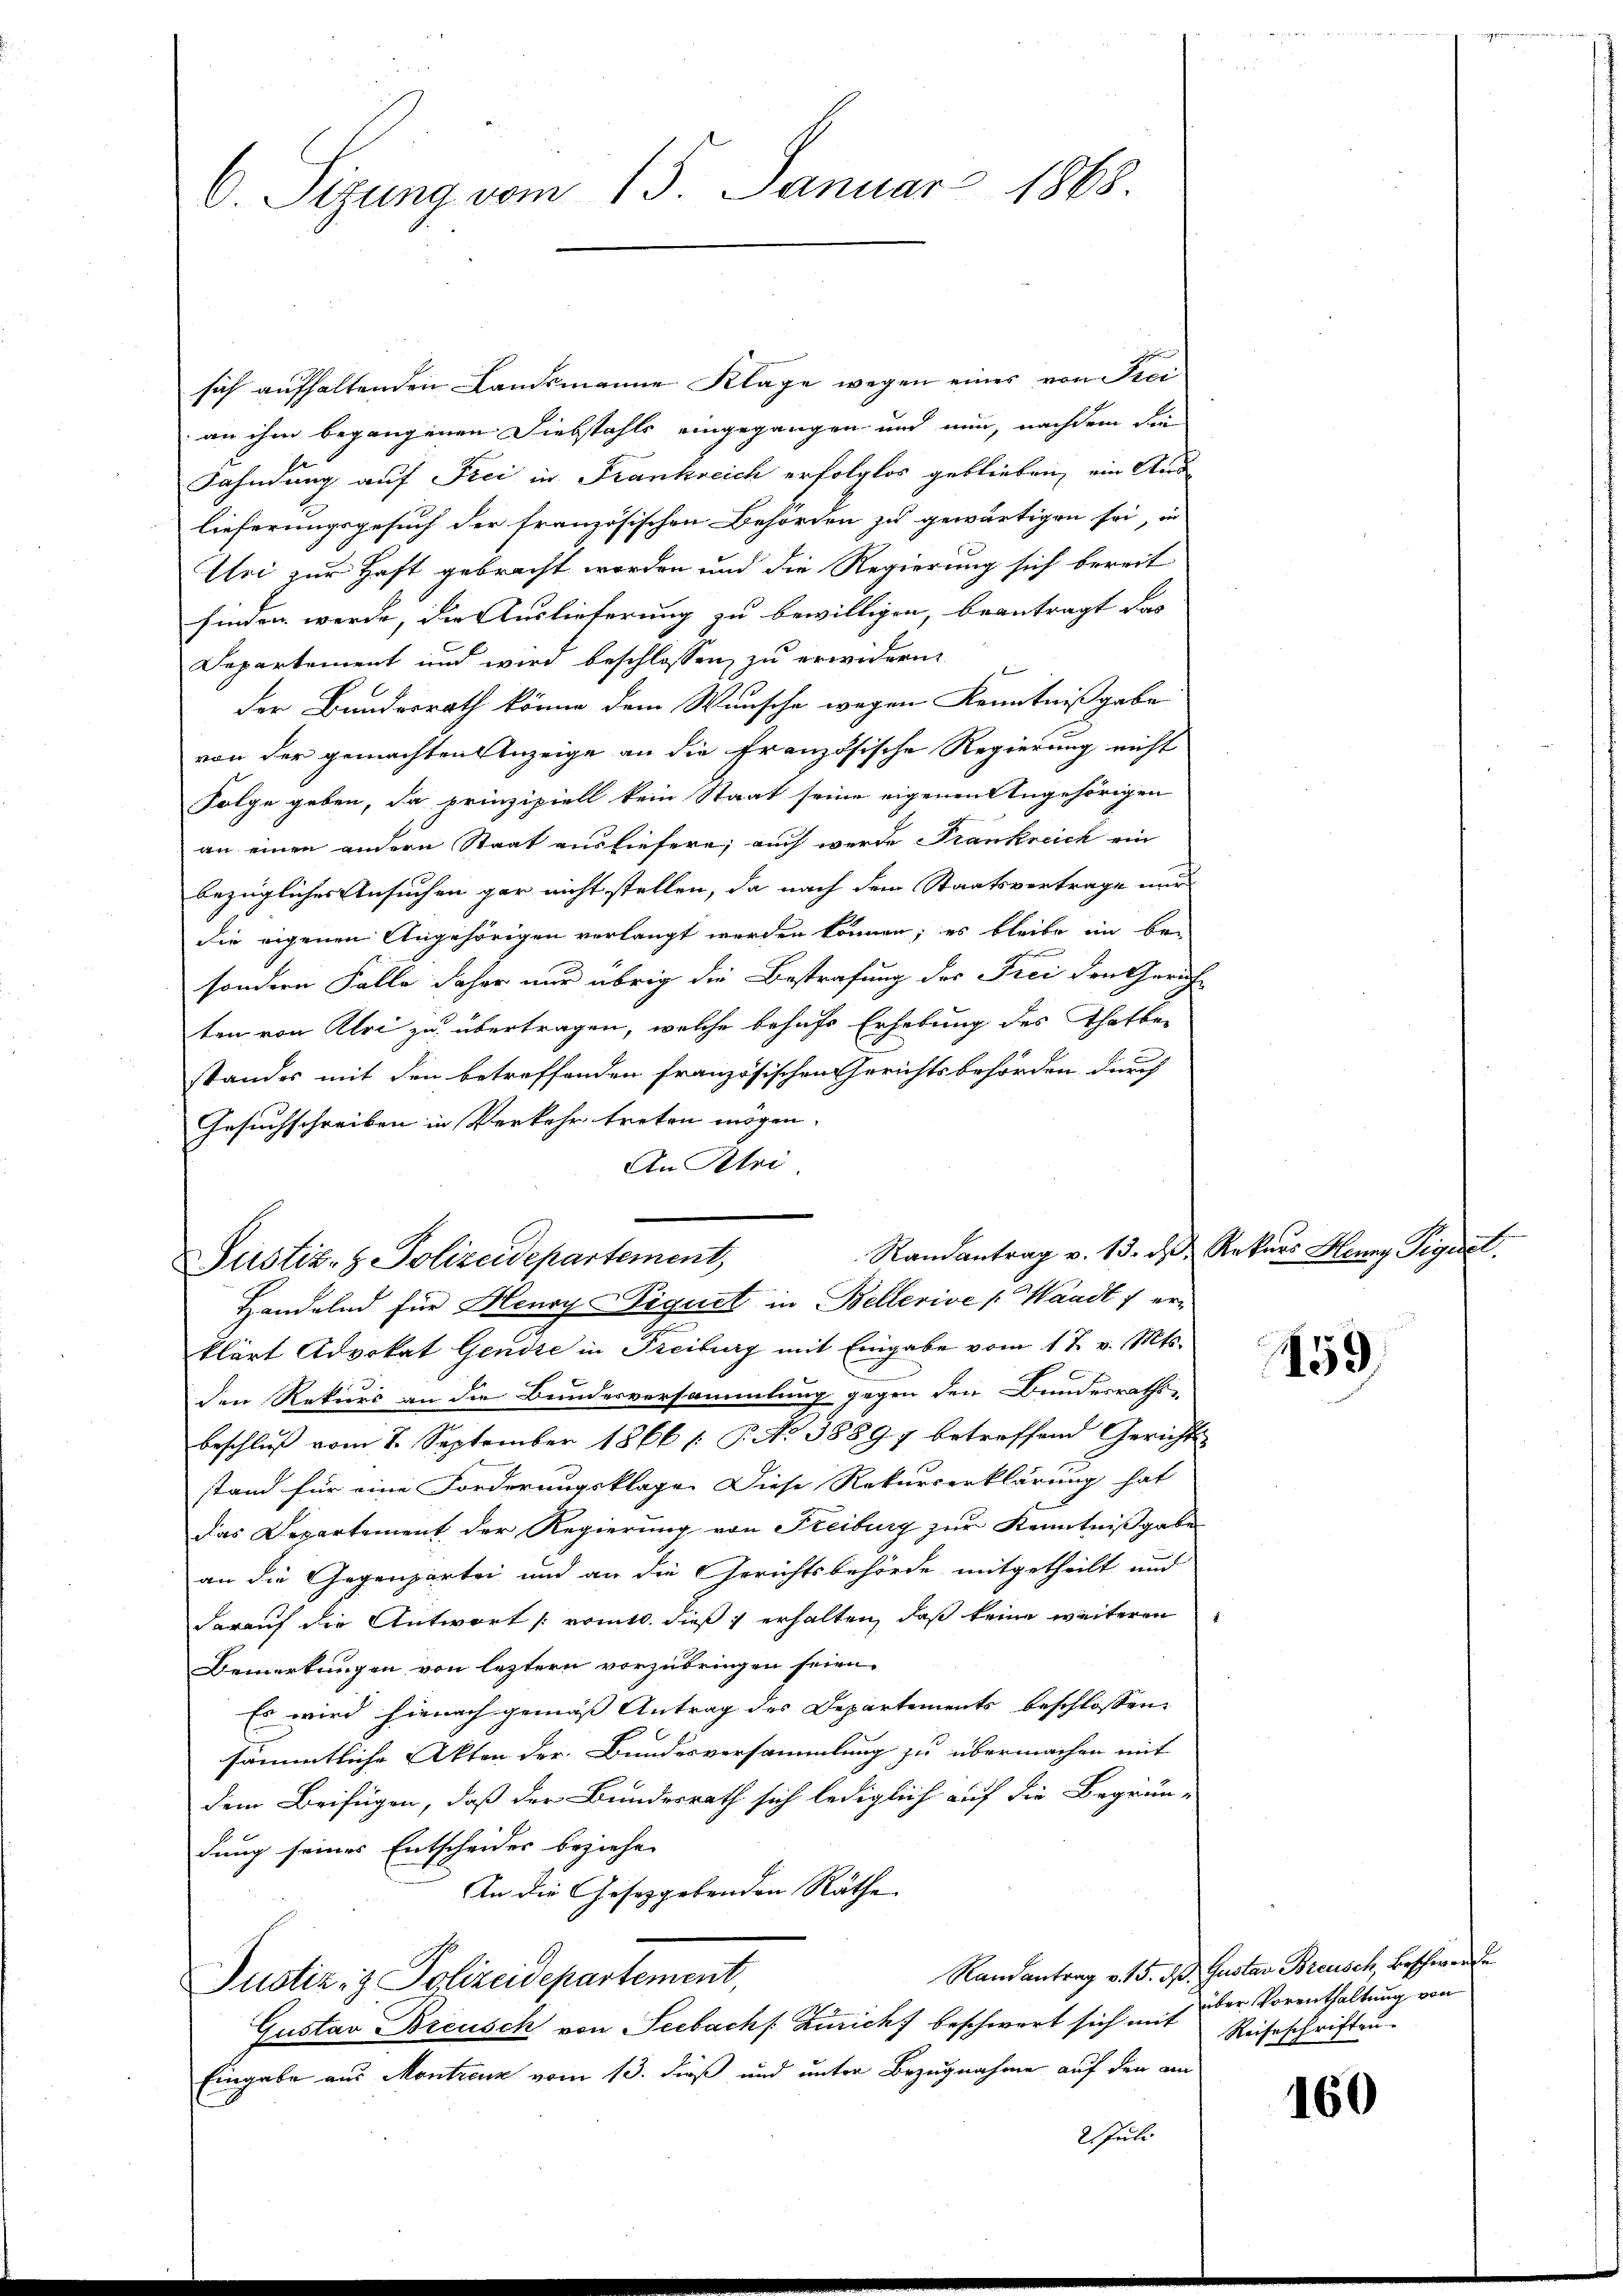
6 Sitzung vom 13. Januar 1868.

sich aufhaltenden Landsmanne Klage wegen eines von Frei
an ihm begangenen Diebstahls eingegangen und nun, nachdem die
Fahndung auf Frei in Frankreich erfolglos geblieben, ein Auslieferungsgesuch der französischen Behörden zu gewärtigen sei, in
tlri zur Haft gebracht worden und die Regierung sich bereit
finden werde, die Auslieferung zu bewilligen, beantragt das
Departement und wird beschlossen zu erwidern
der Bundesrath könne dem Wunsche wegen Kenntnißgabe
von der gemachten Anzeige an die Französische Regierung nicht
Folge geben, da prinzipiell kein Staat seine eigenen Angehörigen
an einen andern Staat ausliefern; auch werde Frankreich ein
bezüglicher Ansuchen gar nicht stellen, da nach dem Staatsvertrage und
die eigenen Angehörigen verlangt werden können; es bleibe im bei
sondern Falle daher nur übrig die Bestrafung des Frei den Gerich
ten von Klei zu übertragen, welche behufs Erhebung des Thatbestandes mit den betreffenden französischen Gerichtsbehörden durch
Gesuchschreiben in Verkehr treten mögen.
An Klei

Justiz- & Polizeidepartement,
Handelnd für Henry-Pigust in Bellerive Waadt u er¬

klärt Advokat Gendre in Freiburg mit Eingabe vom 17. v. Mts.
den Rekurs an die Bundesversammlung gegen den Bundesraths-
beschluß vom 7. September 1866 /: P. No 38897 betreffend Gerichts-
stand für eine Forderungsklagen diese Rekurserklärung hat
Das Departement der Regierung von Freiburg zur Kenntnißgabe
an die Gegenpartei und an die Gerichtsbehörde mitgetheilt und
darauf die Antwort (vomtl. dieß erhalten, daß keine weiteren
Bemerkungen von leztern vorzubringen seien.
Es wird hienach gemäß Antrag des Departements beschlossen
sämmtliche Akten der Bundesversammlung zu übermachen mit
dem Beifügen, daß der Bunderrath sich lediglich auf die Begrün-
dung seines Entscheider beziehe
In die Gesetzgebenden Räthe
Randantrag v. 15. d. Gustav Breusch, Beschwerde
Justiz- & Polizeidepartement,
Gustav Breusch von Seebach Zürich beschwert sich mit
Eingabe aus Montrenz vom 13. dieß und unter Bezugnahme auf den am
2. Juli

Randantrag v. 13. d. Rekars Henry Pignet.

59

über Vorenthaltung von
Reiseschriften.

160